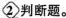
2 判断题。